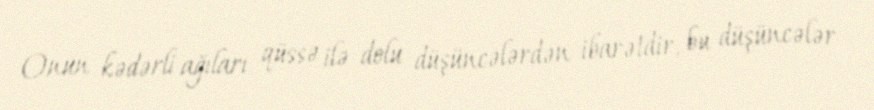
Onun kədərli ağıları qüssə ilə dolu düşüncələrdən ibarətdir, bu düşüncələr